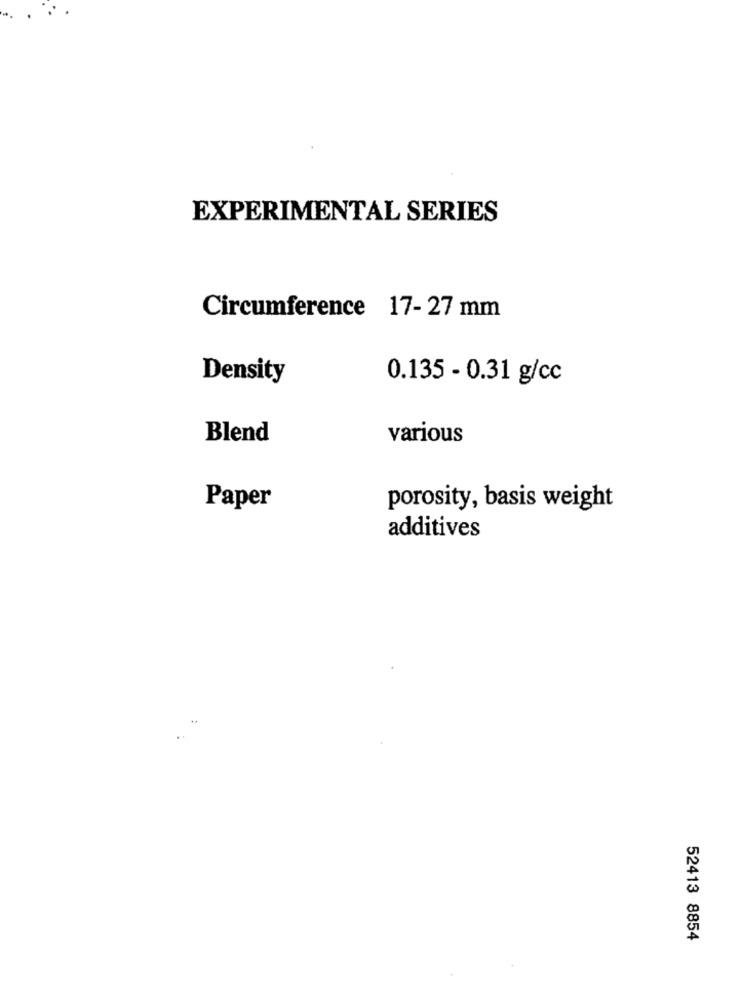
EXPERIMENTAL SERIES
Circumference 17- 27 mm
Density
0.135 - 0.31 g/cc
Blend
various
Paper
porosity, basis weight
additives
52413 8854